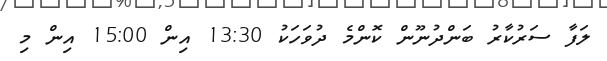
ލަފާ ސަރުކާރު ބަންދުނޫން ކޮންމެ ދުވަހަކު 13:30 އިން 15:00 އިން މި